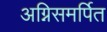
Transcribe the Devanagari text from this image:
अग्निसमर्पित